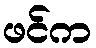
ဖင်က